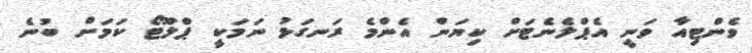
ވެންޓިއާ ވަނީ އެޕްލެނެޓަށް ކިޔަން އެންމެ ރަނގަޅު ނަމަކީ ޕްލޫޓޯ ކަމަށް ބުނެ